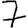
Digit: 7